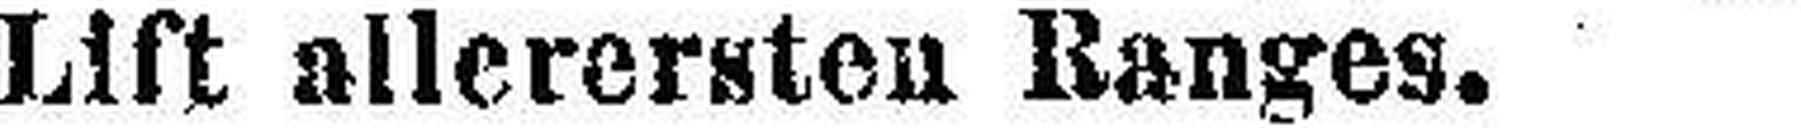
Lift allerersten Ranges.